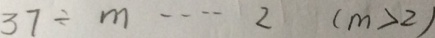
3 7 \div m \cdots 2 ( m > 2 )